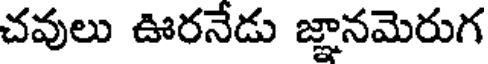
చవులు ఊరనేడు జ్ఞానమెరుగ